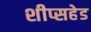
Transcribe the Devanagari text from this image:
शीप्सहेड